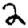
Digit: 2